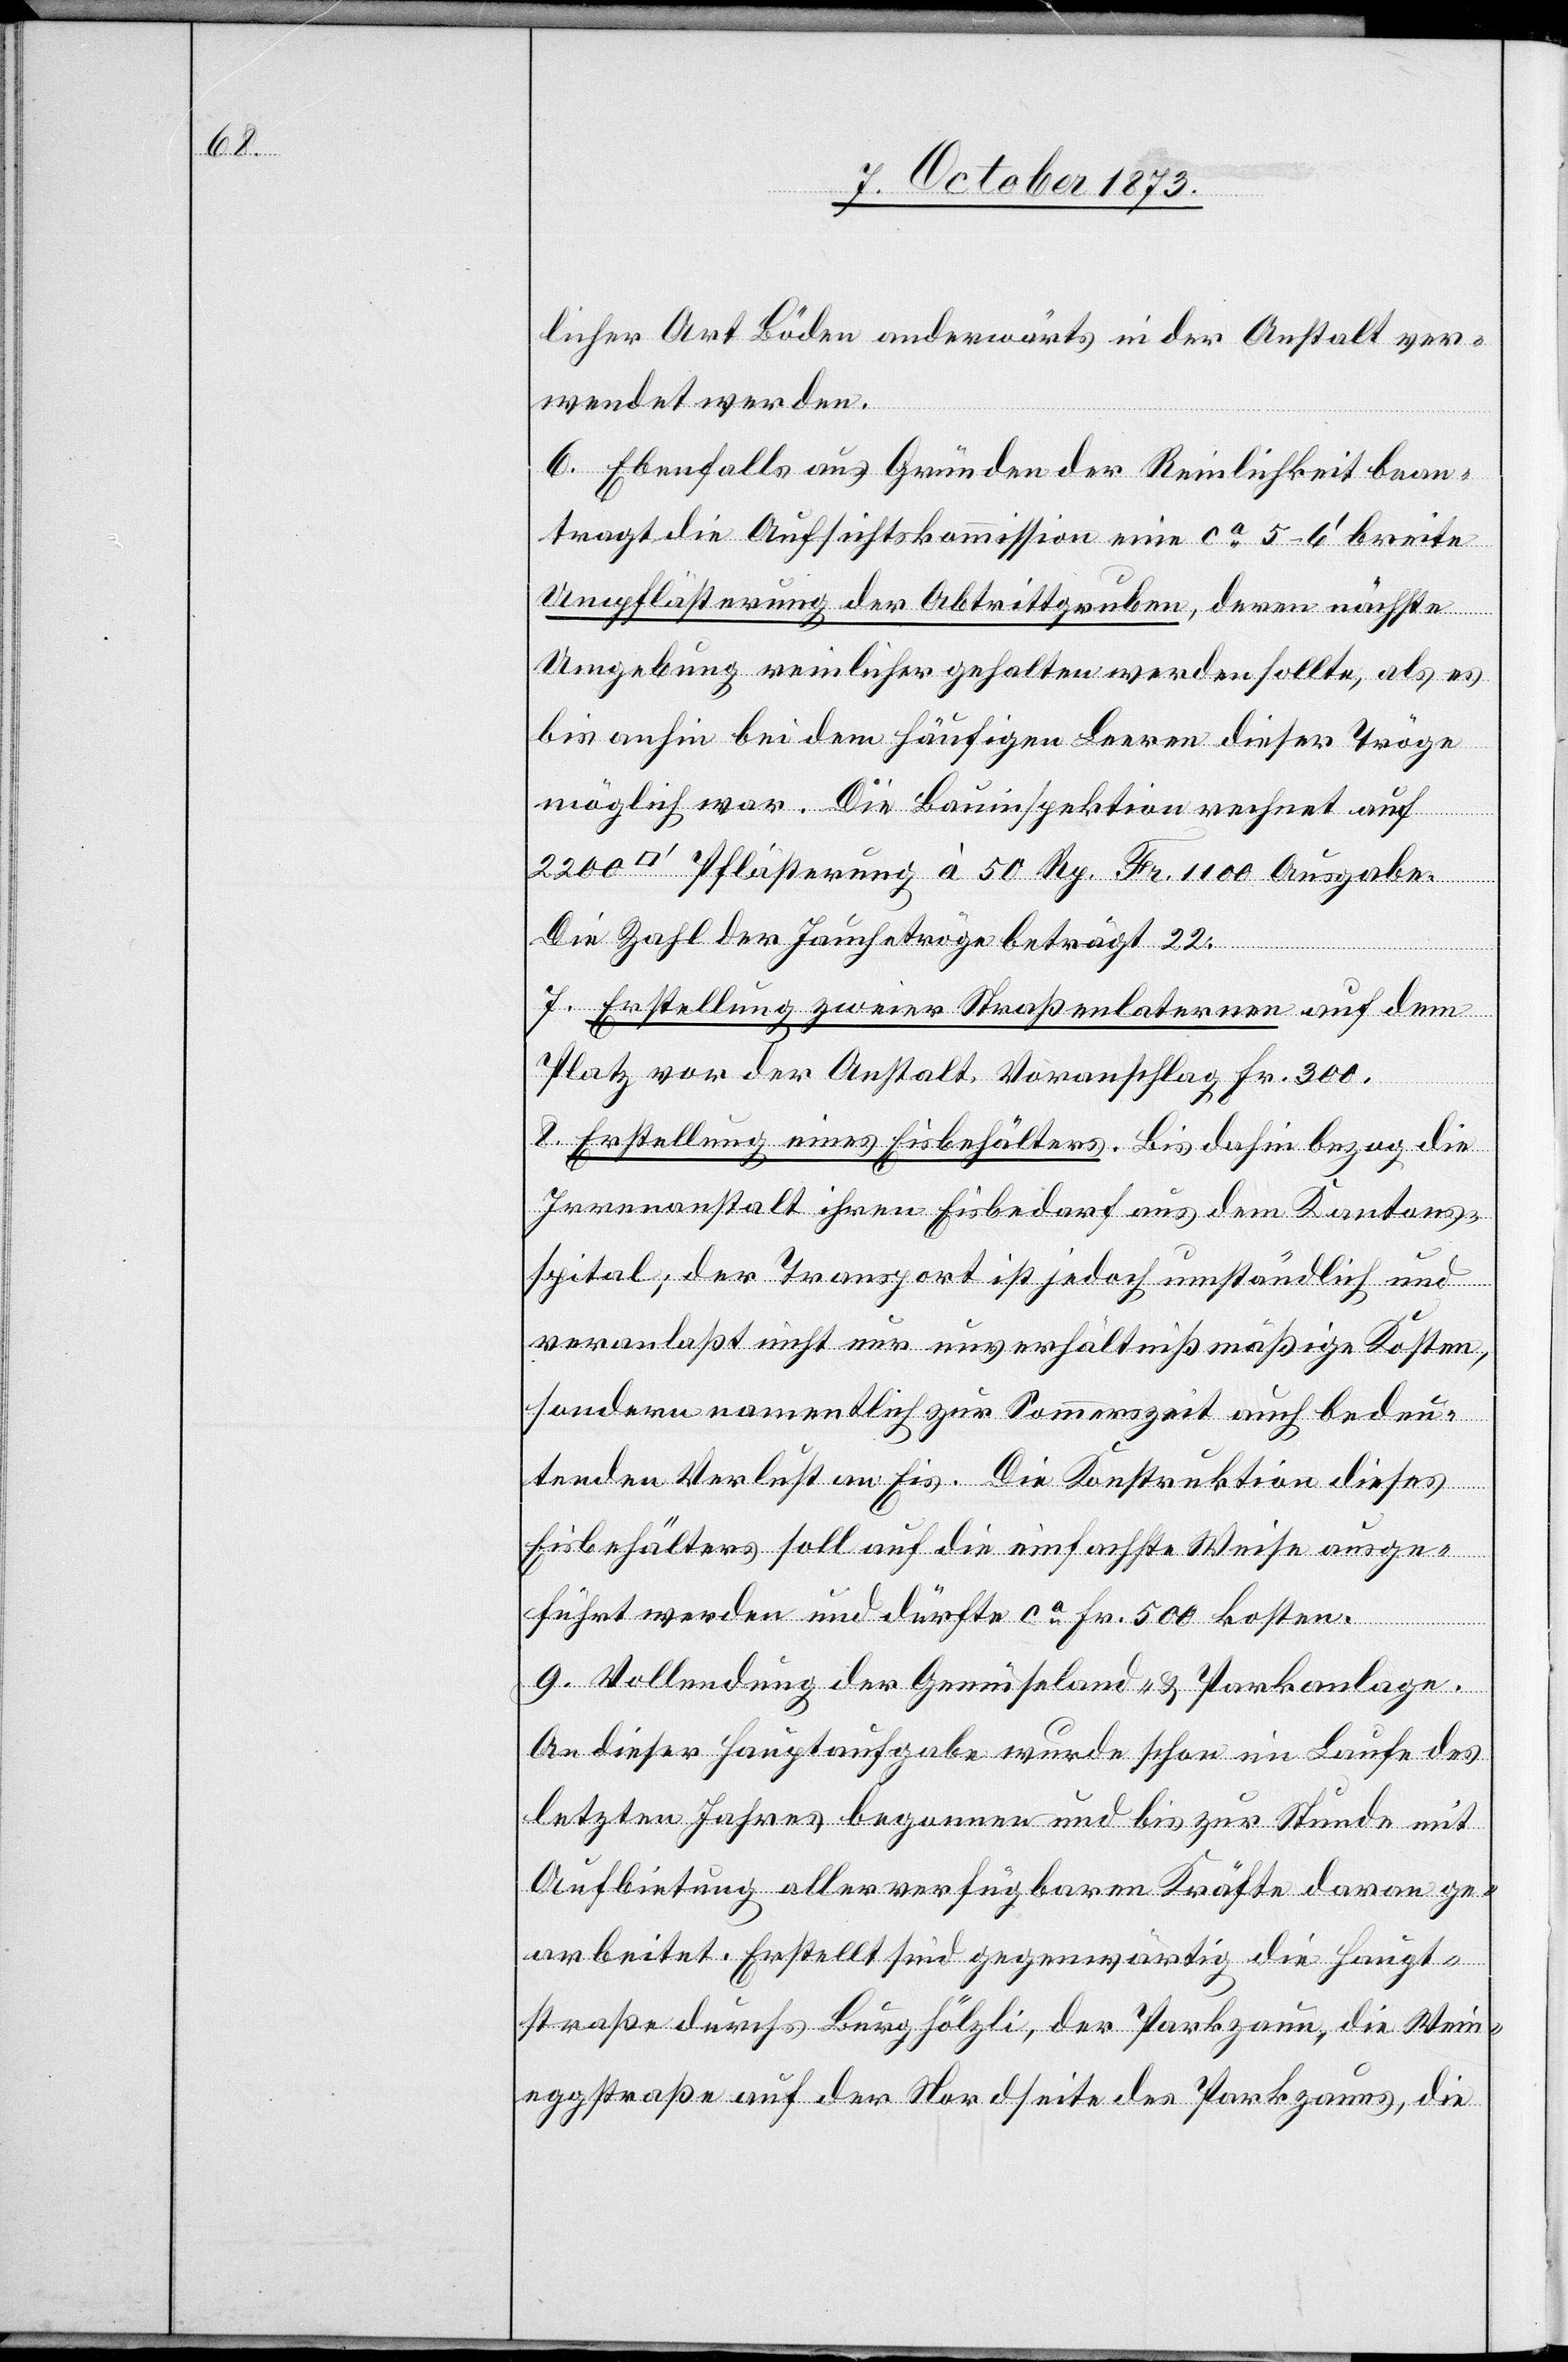
[Q¬

licher Art Böden anderwärts in der Anstalt ver¬
wendet werden.
6. Ebenfalls aus Gründen der Reinlichkeit bean¬
tragt die Aufsichtskommission eine ca 5–6‘ breite
Umpflästerung der Abtrittgruben, deren nächste
Umgebung reinlicher gehalten werden sollte, als es
bis anhin bei dem häufigen Leeren dieser Tröge
möglich war. Die Bauinspektion rechnet auf
uadrat¬
fuss] Pflästerung à 50 Rp. Fr. 1 100 Ausgabe.
Die Zahl der Jauchetröge beträgt 22.
7. Erstellung zweier Straßenlaternen auf dem
Platz vor der Anstalt. Voranschlag Fr. 300.
8. Erstellung eines Eisbehälters. Bis dahin bezog die
Irrenanstalt ihren Eisbedarf aus dem Kantons¬
spital; der Transport ist jedoch umständlich und
veranlaßt nicht nur unverhältnißmäßige Kosten,
sondern namentlich zur Sommerszeit auch bedeu¬
tenden Verlust an Eis. Die Konstruktion dieses
Eisbehälters soll auf die einfachste Weise ausge¬
führt werden und dürfte ca Fr. 500 kosten.
9. Vollendung der Gemüseland- & Parkanlage.
An dieser Hauptaufgabe wurde schon im Laufe des
letzten Jahres begonnen und bis zur Stunde mit
Aufbietung aller verfügbaren Kräfte daran ge¬
arbeitet. Erstellt sind gegenwärtig die Haupt¬
straße durchs Burghölzli, der Parkzaun, die Wein¬
eggstraße auf der Nordseite des Parkzauns, die